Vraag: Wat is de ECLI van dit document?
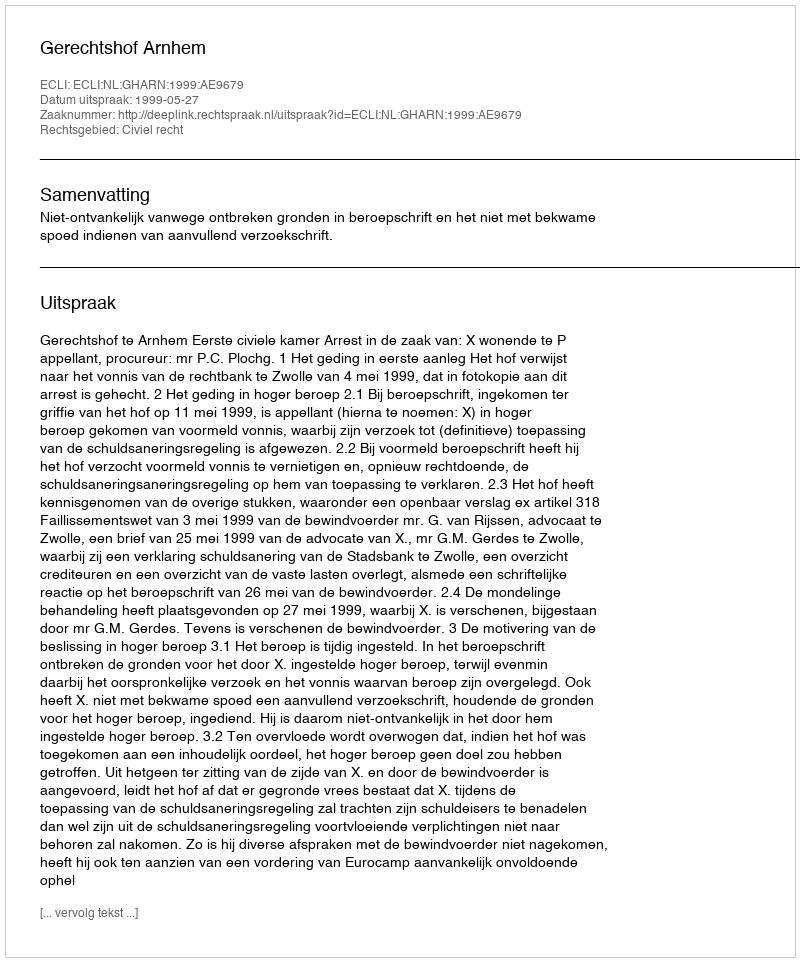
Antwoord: ECLI:NL:GHARN:1999:AE9679